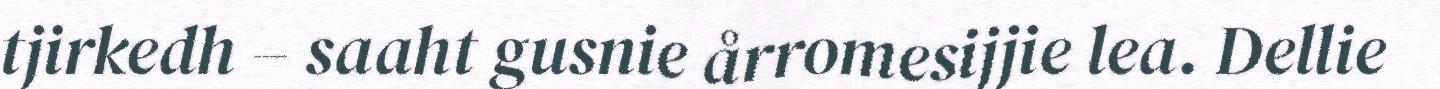
tjirkedh – saaht gusnie årromesijjie lea. Dellie